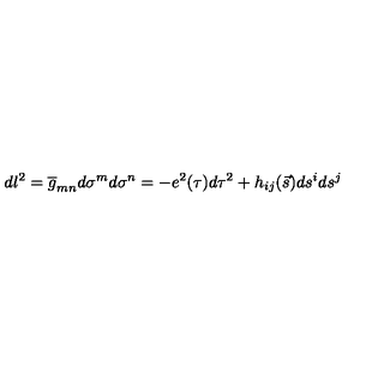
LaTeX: d l ^ { 2 } = \overline { g } _ { m n } d \sigma ^ { m } d \sigma ^ { n } = - e ^ { 2 } ( \tau ) d \tau ^ { 2 } + h _ { i j } ( \vec { s } ) d s ^ { i } d s ^ { j }